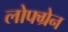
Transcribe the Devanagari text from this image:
लोफ्ग्रेन